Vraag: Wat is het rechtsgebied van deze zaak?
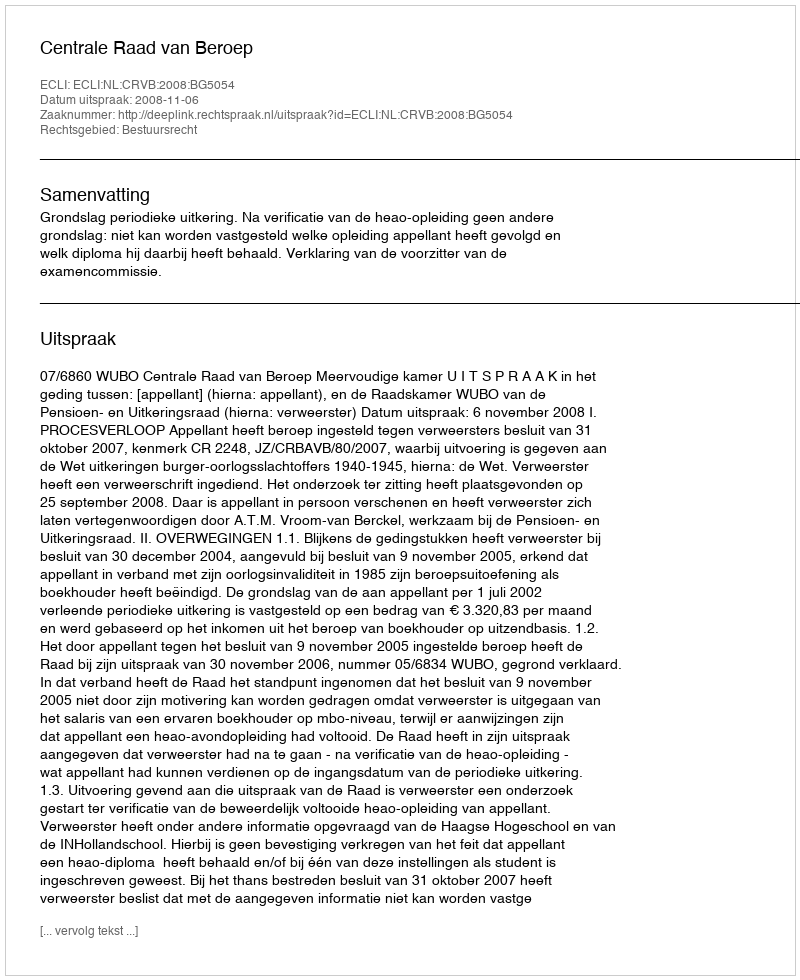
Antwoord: Bestuursrecht